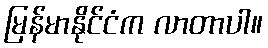
မြန်မာနိုင်ငံက လာတာပါ။